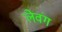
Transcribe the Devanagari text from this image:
लेवंग